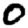
Digit: 0